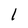
Character: 1